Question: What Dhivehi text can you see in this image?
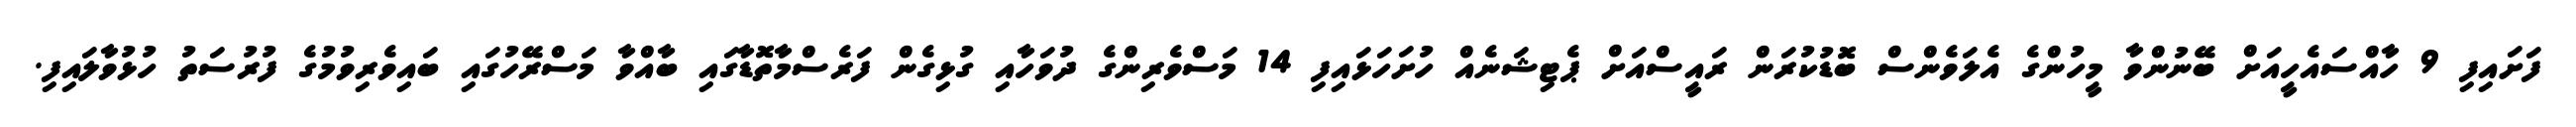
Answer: ފަށައިފި 9 ހާއްސައެހީއަށް ބޭނުންވާ މީހުންގެ އެލަވެންސް ބޮޑުކުރަން ރައީސްއަށް ޕެޓިޝަނެއް ހުށަހަޅައިފި 14 މަސްވެރިންގެ ދުވަހާއި ގުޅިގެން ފަރެސްމާތޮޑާގައި ބާއްވާ މަސްރޭހުގައި ބައިވެރިވުމުގެ ފުރުސަތު ހުޅުވާލައިފި.